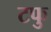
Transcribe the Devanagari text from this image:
टफु